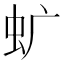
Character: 𧈴